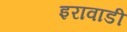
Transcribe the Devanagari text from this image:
इरावाडी